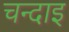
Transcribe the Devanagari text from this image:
चन्दाइ